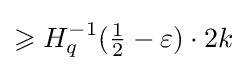
\geqslant H_{q}^{-1}({\tfrac {1}{2}}-\varepsilon )\cdot 2k